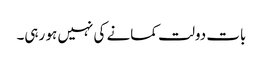
بات دولت کمانے کی نہیں ہو رہی۔